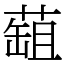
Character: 䔘